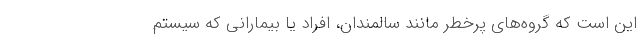
این است که گروه‌های پرخطر مانند سالمندان، افراد یا بیمارانی که سیستم